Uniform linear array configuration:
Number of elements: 4
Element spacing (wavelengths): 0.75
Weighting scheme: exponential
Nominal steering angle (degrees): -45
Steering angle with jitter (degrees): -45.719
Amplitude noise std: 0.05
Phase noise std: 0.05

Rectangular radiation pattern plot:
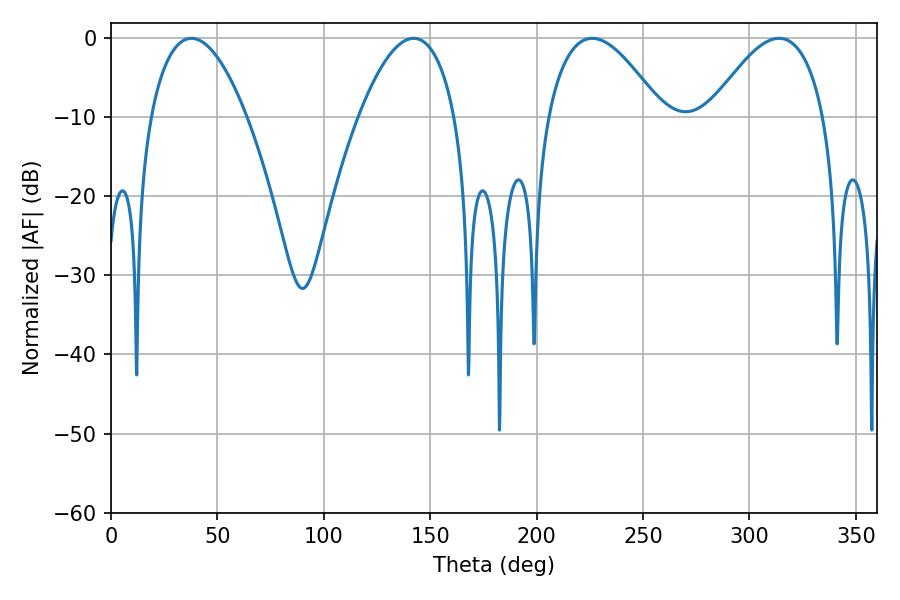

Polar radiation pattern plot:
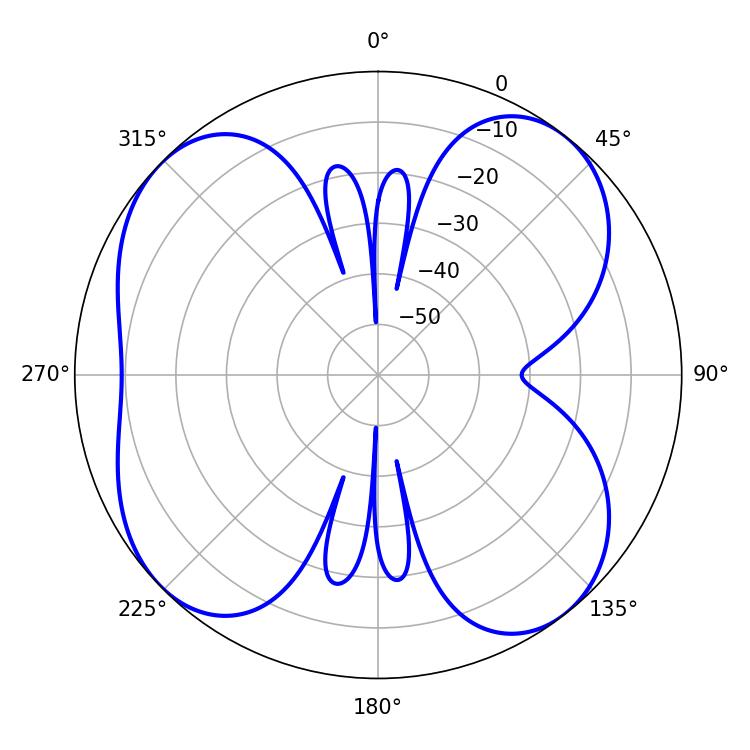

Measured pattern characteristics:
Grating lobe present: TRUE
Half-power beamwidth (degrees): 25.2
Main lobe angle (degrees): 37.8